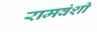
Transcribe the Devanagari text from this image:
रामवंशी